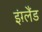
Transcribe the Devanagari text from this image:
इंग़्लैंड